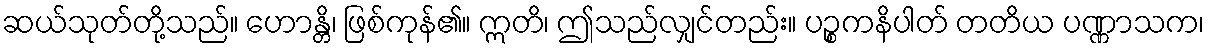
ဆယ်သုတ်တို့သည်။ ဟောန္တိ၊ ဖြစ်ကုန်၏။ ဣတိ၊ ဤသည်လျှင်တည်း။ ပဉ္စကနိပါတ် တတိယ ပဏ္ဏာသက၊